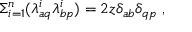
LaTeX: \Sigma _ { i = 1 } ^ { n } ( \lambda _ { a q } ^ { i } \lambda _ { b p } ^ { i } ) = 2 z \delta _ { a b } \delta _ { q p } \ ,